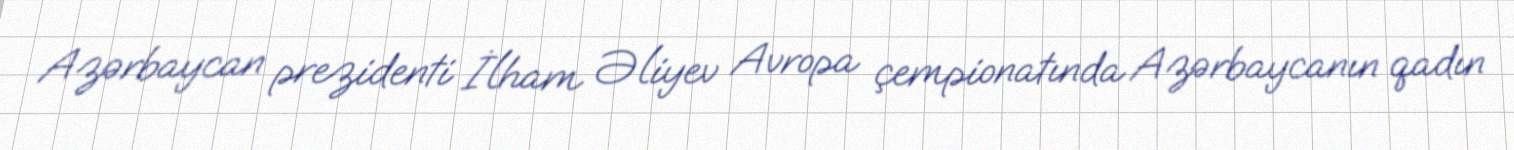
Azərbaycan prezidenti İlham Əliyev Avropa çempionatında Azərbaycanın qadın